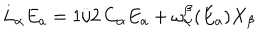
L _ { \alpha } E _ { a } = 1 / 2 \, C _ { \alpha } E _ { a } + { \omega _ { \alpha } ^ { \beta } } ( E _ { a } ) X _ { \beta }